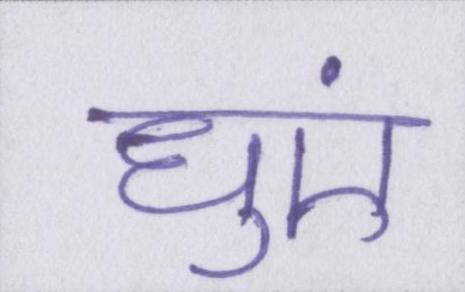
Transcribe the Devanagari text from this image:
धुएं